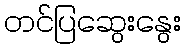
တင်ပြဆွေးနွေး